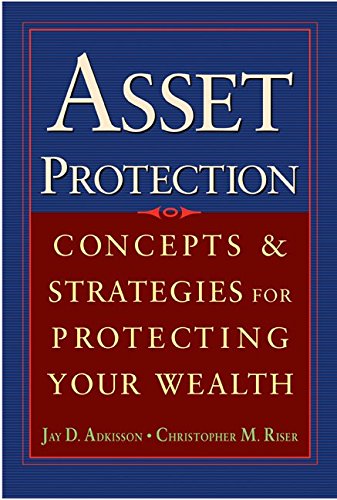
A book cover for Asset Protection : Concepts and Strategies for Protecting Your Wealth; Jay Adkisson; Law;